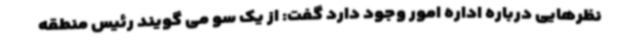
نظرهایی درباره اداره امور وجود دارد گفت: از یک سو می گویند رئیس منطقه